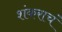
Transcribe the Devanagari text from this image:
शंकराचं